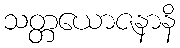
သတ္တယောဇနာနိ